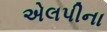
એલપીના